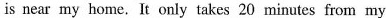
is near my home.It only takes 20 minutes from my